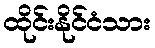
ထိုင်းနိုင်ငံသား